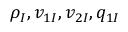
\rho _ { I } , v _ { 1 I } , v _ { 2 I } , q _ { 1 I }